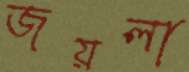
জয়লা